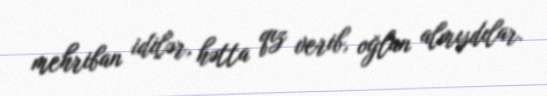
mehriban idilər, hətta qız verib, oğlan almışdılar.